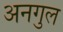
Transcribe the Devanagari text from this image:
अनगुल